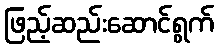
ဖြည့်ဆည်းဆောင်ရွက်